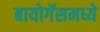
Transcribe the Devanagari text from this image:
बायोगॅसमध्ये